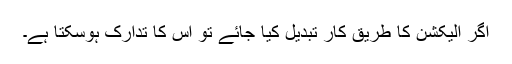
اگر الیکشن کا طریقِ کار تبدیل کیا جائے تو اس کا تدارک ہوسکتا ہے۔